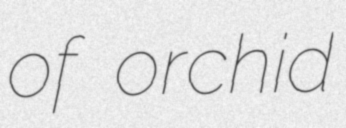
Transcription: of orchid